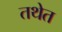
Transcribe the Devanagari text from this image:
तथेत